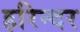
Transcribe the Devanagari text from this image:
हरिन्दर